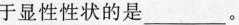
于显性性状的是___。